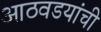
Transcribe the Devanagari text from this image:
आठवडयांची